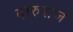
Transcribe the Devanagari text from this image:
दारुबाज